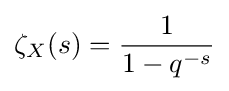
\zeta _{X}(s)={\frac {1}{1-q^{-s}}}